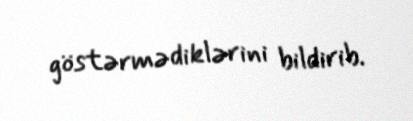
göstərmədiklərini bildirib.